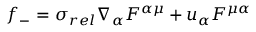
f _ { - } = \sigma _ { r e l } \nabla _ { \alpha } F ^ { \alpha \mu } + u _ { \alpha } F ^ { \mu \alpha }